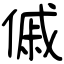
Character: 傶